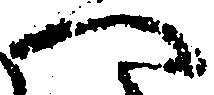
へ